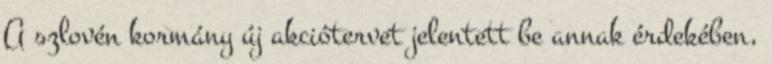
A szlovén kormány új akciótervet jelentett be annak érdekében,